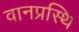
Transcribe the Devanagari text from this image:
वानप्रस्थि